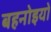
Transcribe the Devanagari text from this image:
बहनोइयों